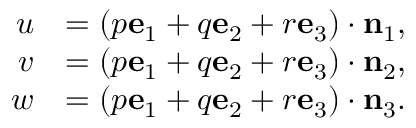
{ \begin{array} { r l } { u } & { = ( p \mathbf { e } _ { 1 } + q \mathbf { e } _ { 2 } + r \mathbf { e } _ { 3 } ) \cdot \mathbf { n } _ { 1 } , } \\ { v } & { = ( p \mathbf { e } _ { 1 } + q \mathbf { e } _ { 2 } + r \mathbf { e } _ { 3 } ) \cdot \mathbf { n } _ { 2 } , } \\ { w } & { = ( p \mathbf { e } _ { 1 } + q \mathbf { e } _ { 2 } + r \mathbf { e } _ { 3 } ) \cdot \mathbf { n } _ { 3 } . } \end{array} }